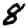
Digit: 8